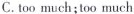
C.too much;too much